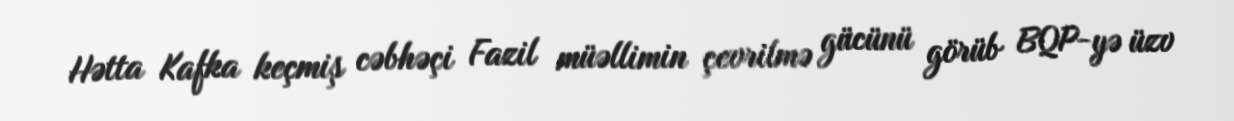
Hətta Kafka keçmiş cəbhəçi Fazil müəllimin çevrilmə gücünü görüb BQP-yə üzv